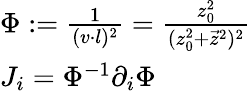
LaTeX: \begin{array}{l}{{\Phi:={\frac{1}{(v\cdot l)^{2}}}={\frac{z_{0}^{2}}{(z_{0}^{2}+\vec{z}^{2})^{2}}}}}\\ {{J_{i}=\Phi^{-1}\partial_{i}\Phi}}\end{array}